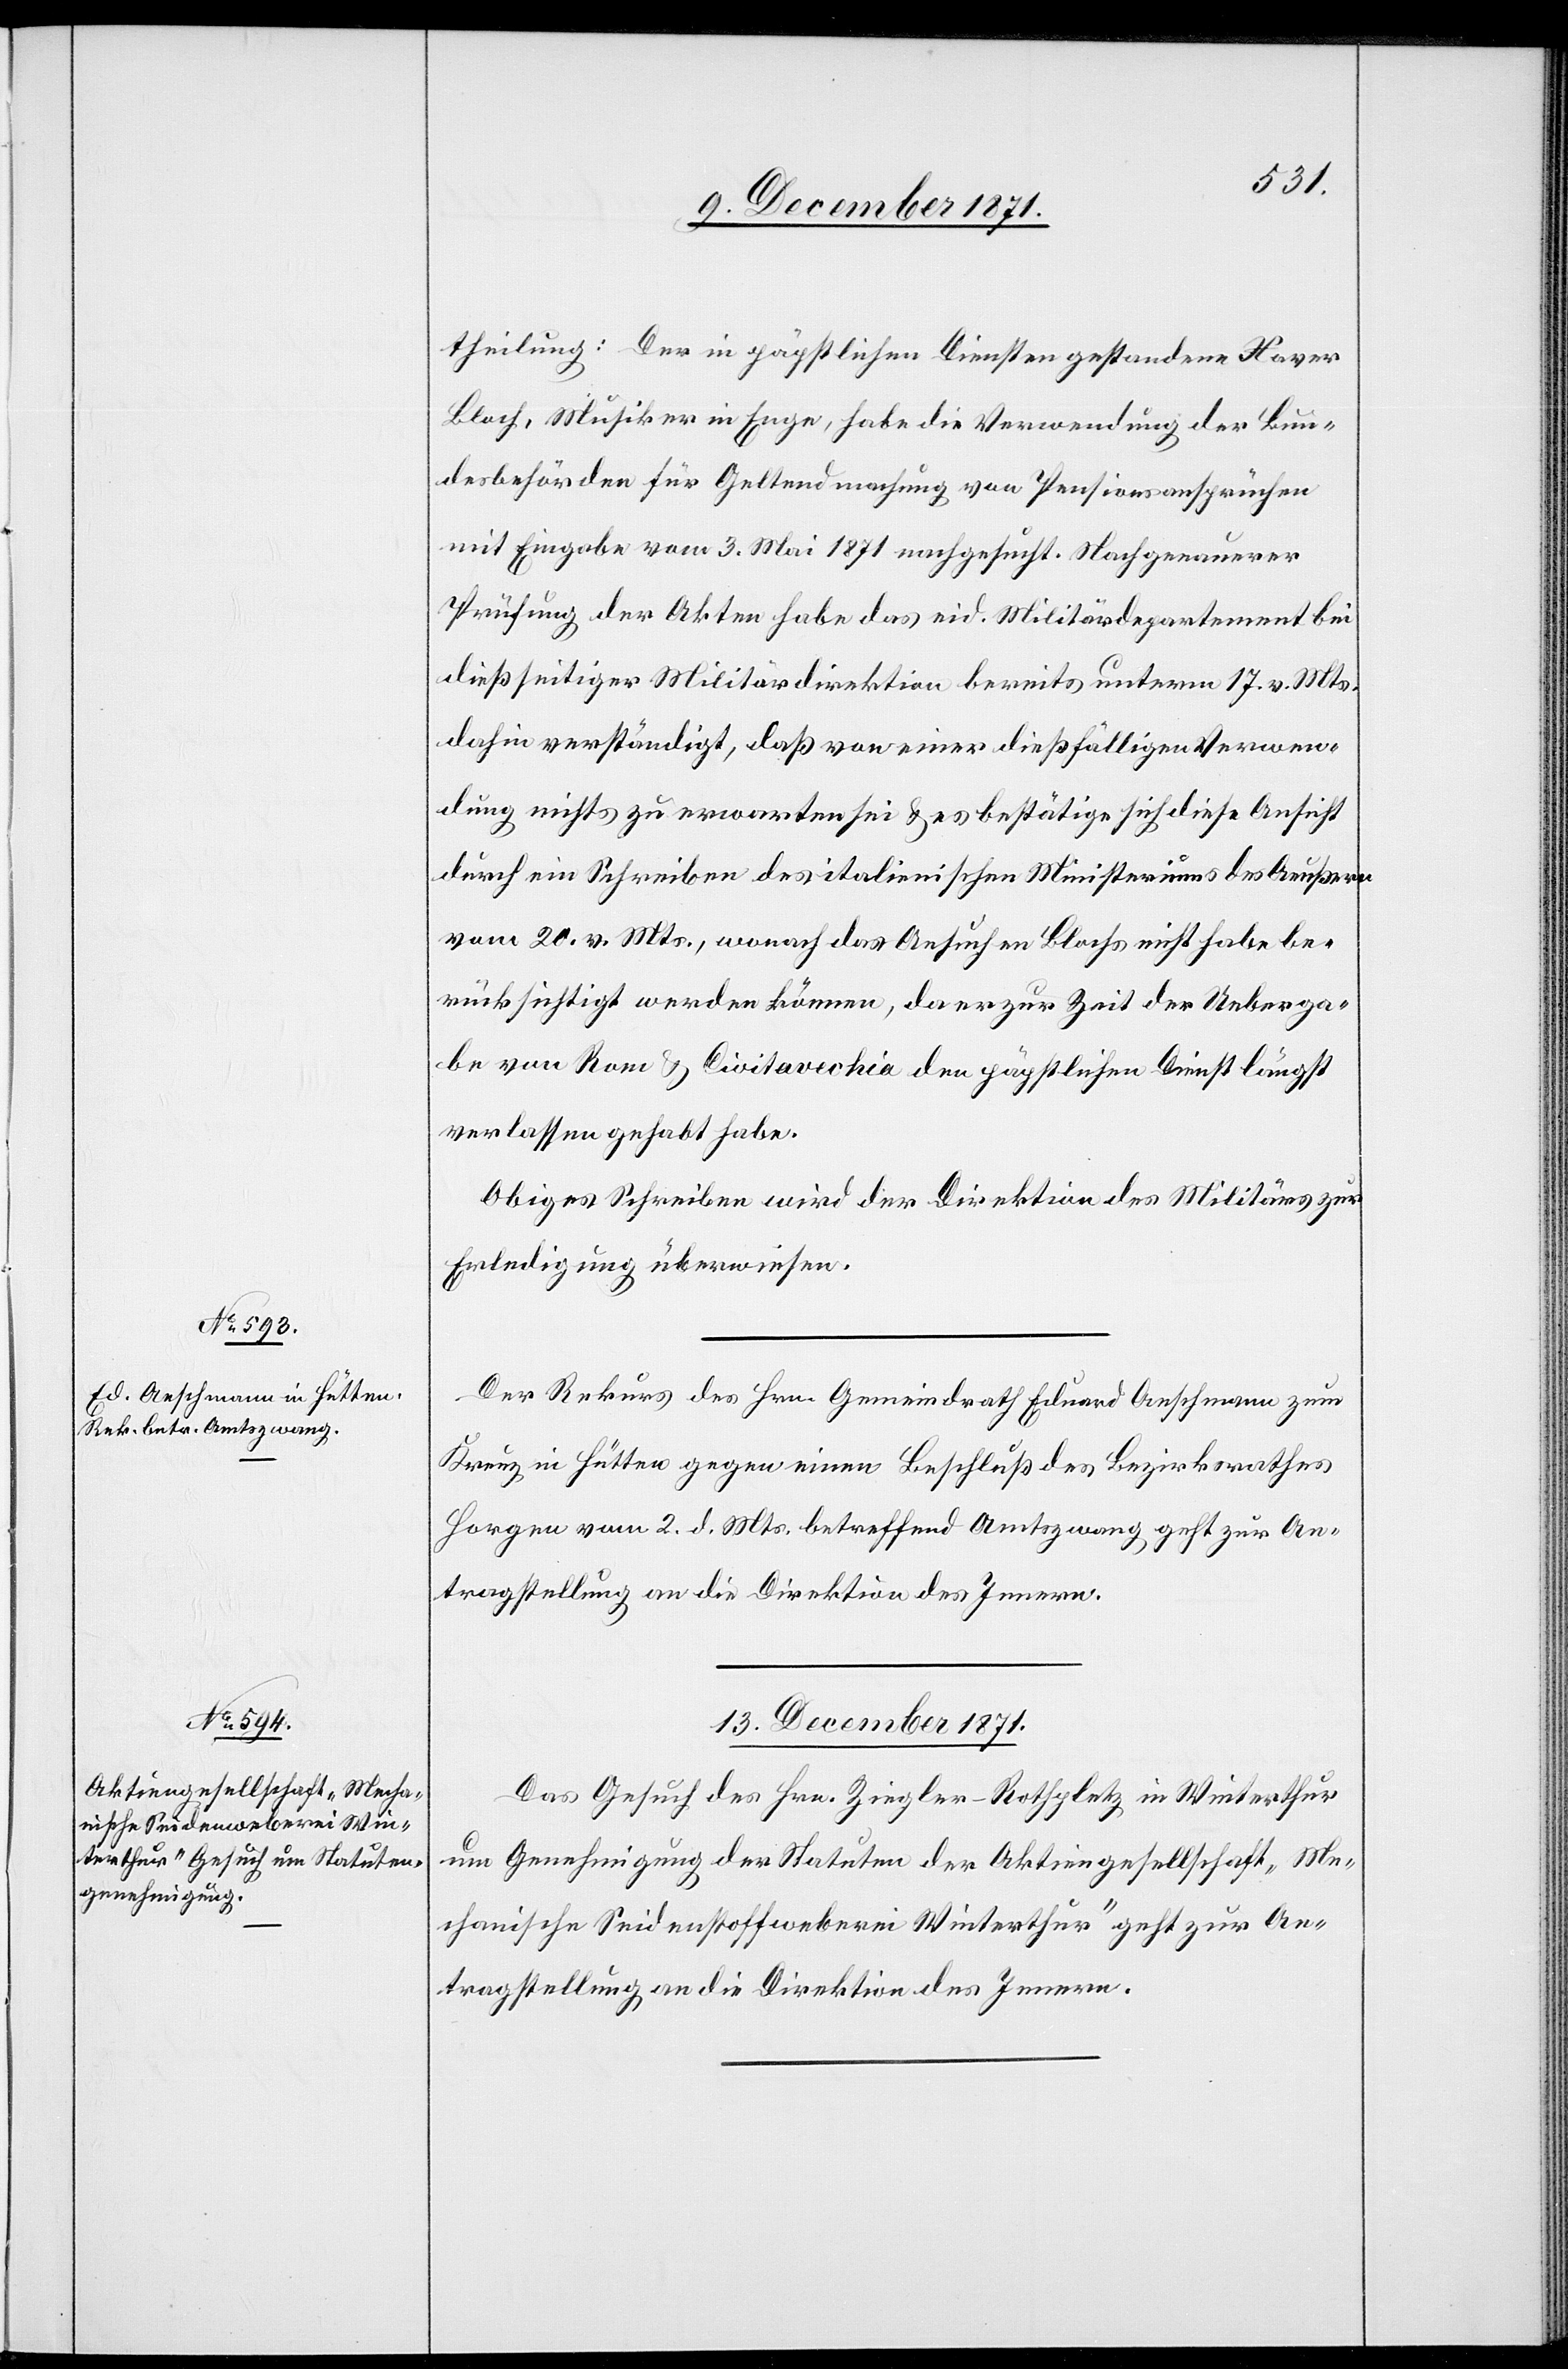
theilung: der in päpstlichen Diensten gestandene Haver
Bloch, Musiker in Enge, habe die Verwendung der Bun¬
desbehörden für Geltendmachung von Pensionsansprüchen
mit Eingabe vom 3. Mai 1871 nachgesucht. Nach genauerer
Prüfung der Akten habe das eid. Militärdepartement bei
dießseitiger Militärdirektion bereits unterm 17. v. Mts.
dahin verständigt, daß von einer dießfälligen Verwen¬
dung nichts zu erwarten sei & es bestätige sich diese Ansicht
durch ein Schreiben des italienischen Ministeriums des Aeußern
vom 20. v. Mts., wonach das Ansuchen Blochs nicht habe be¬
rücksichtigt werden können, da er zur Zeit der Ueberga¬
be von Rom & Civitavechia den päpstlichen Dienst längst
verlassen gehabt habe.
Obiges Schreiben wird der Direktion des Militärs zur
Erledigung überwiesen.
Der Rekurs des Hrn. Gemeindrath Eduard Aeschmann zum
Kreuz in Hütten gegen einen Beschluß des Bezirksrathes
Horgen vom 2. d. Mts. betreffend Amtszwang geht zur An¬
tragstellung an die Direktion des Innern.
13. December 1871.
Das Gesuch des Hrn. Ziegler-Rothpletz in Winterthur
um Genehmigung der Statuten der Aktiengesellschaft „Me¬
chanische Seidenstoffweberei Winterthur“ geht zur An¬
tragstellung an die Direktion des Innern.